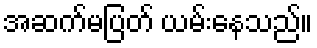
အဆက်မပြတ် ယမ်းနေသည်။